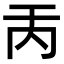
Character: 𠀛